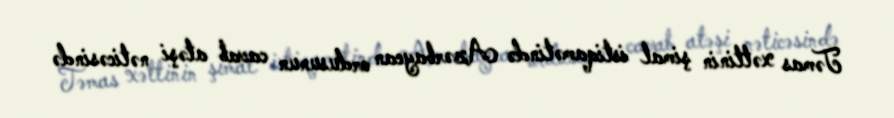
Təmas xəttinin şimal istiqamətində Azərbaycan ordusunun cavab atəşi nəticəsində